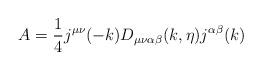
LaTeX: \begin{align*}A = \frac{1}{4} j^{\mu\nu} (-k) D_{\mu\nu\alpha\beta} (k, \eta) j^{\alpha\beta} (k) \end{align*}